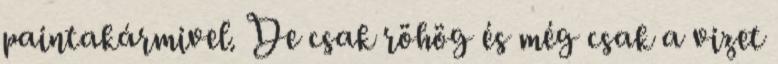
paintakármivel. De csak röhög és még csak a vizet